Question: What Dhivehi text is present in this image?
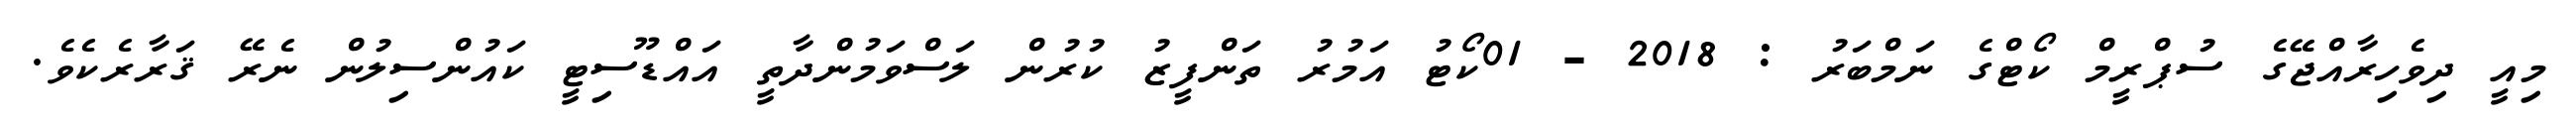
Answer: މިއީ ދިވެހިރާއްޖޭގެ ސުޕްރީމް ކޯޓްގެ ނަމްބަރު : 2018 - 01ކޯޓު އަމުރު ތަންފީޒު ކުރުން ލަސްވަމުންދާތީ އައްޑޫސިޓީ ކައުންސިލުން ނެރޭ ޤަރާރެކެވެ.